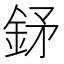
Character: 𨥨